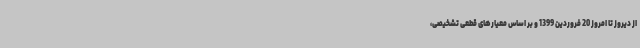
از دیروز تا امروز 20 فروردین 1399 و بر اساس معیارهای قطعی تشخیصی،